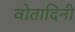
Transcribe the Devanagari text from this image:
वोतादिनी